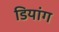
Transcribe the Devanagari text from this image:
डियांग